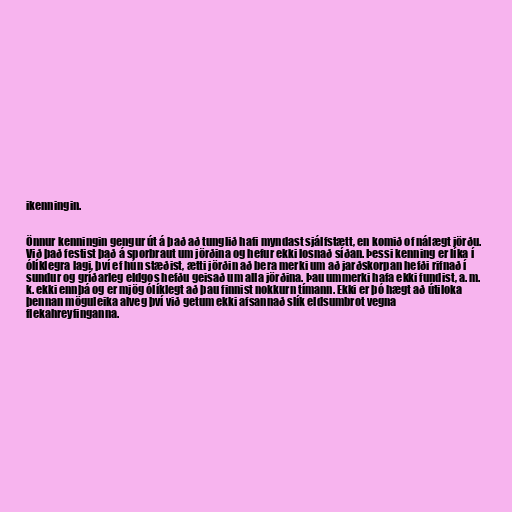
ikenningin.

Önnur kenningin gengur út á það að tunglið hafi myndast sjálfstætt, en komið of nálægt jörðu.
Við það festist það á sporbraut um jörðina og hefur ekki losnað síðan. Þessi kenning er líka í
ólíklegra lagi, því ef hún stæðist, ætti jörðin að bera merki um að jarðskorpan hefði rifnað í
sundur og gríðarleg eldgos hefðu geisað um alla jörðina. Þau ummerki hafa ekki fundist, a. m.
k. ekki ennþá og er mjög ólíklegt að þau finnist nokkurn tímann. Ekki er þó hægt að útiloka
þennan möguleika alveg því við getum ekki afsannað slík eldsumbrot vegna
flekahreyfinganna.